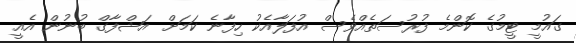
ގައުމީ ޓީމުގެ ކޮންމެ ފުރުސަތެއްވެސް އުފަލާއެކު ހިފާނެ ކަމަށް އަޝްފާގް ބުނުން އެއީ